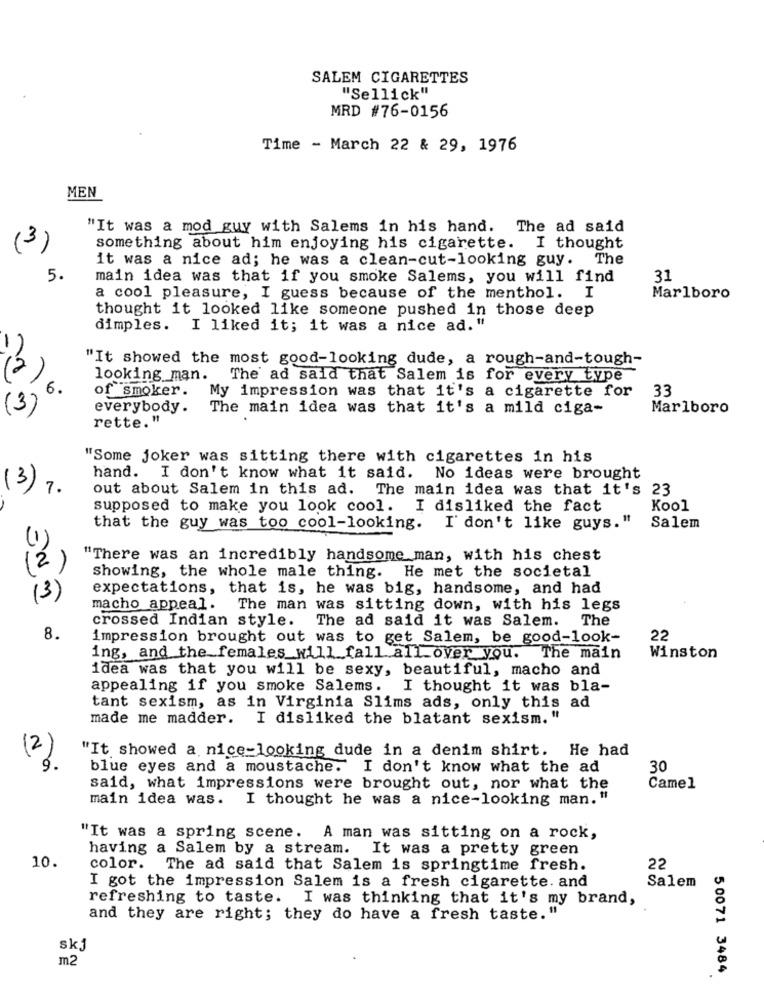
SALEM CIGARETTES
"Sellick"
MRD #76-0156
Time - March 22 & 29, 1976
MEN
"It was a mod guy with Salems in his hand. The ad said
(3)
something about him enjoying his cigarette. I thought
it was a nice ad; he was a clean-cut-looking guy. The
5.
main idea was that if you smoke Salems, you will find
31
a cool pleasure, I guess because of the menthol. I
Marlboro
thought it looked like someone pushed in those deep
dimples. I liked it; it was a nice ad. "
"It showed the most good-looking dude, a rough-and-tough-
looking man.
The ad said that Salem is for every type
6.
of smoker.
My impression was that it's a cigarette for
33
(3)
everybody.
The main idea was that it's a mild ciga-
Marlboro
rette."
"Some joker was sitting there with cigarettes in his
hand. I don't know what it said. No ideas were brought
(3) 7.
out about Salem in this ad.
The main idea was that it's 23
supposed to make you look cool. I disliked the fact
Kool
that the guy was too cool-looking. I' don't like guys."
Salem
(1)
"There was an incredibly handsome man, with his chest
(2)
showing, the whole male thing. He met the societal
expectations, that is, he was big, handsome, and had
macho appeal.
The man was sitting down, with his legs
crossed Indian style. The ad said it was Salem.
The
8.
impression brought out was to get Salem, be good-look-
22
ing, and the_females_will fall.all over you. The main
Winston
idea was that you will be sexy, beautiful, macho and
appealing if you smoke Salems. I thought it was bla-
tant sexism, as in Virginia Slims ads, only this ad
made me madder. I disliked the blatant sexism."
a
"It showed a nice-looking dude in a denim shirt. He had
12
blue eyes and a moustache. I don't know what the ad
30
said, what impressions were brought out, nor what the
Camel
main idea was.
I thought he was a nice-looking man. "
"It was a spring scene.
A man was sitting on a rock,
having a Salem by a stream.
It was a pretty green
10.
color. The ad said that Salem is springtime fresh.
22
Salem
I got the impression Salem is a fresh cigarette. and
refreshing to taste. I was thinking that it's my brand,
and they are right; they do have a fresh taste.'
skj
m2
5 0071 3484